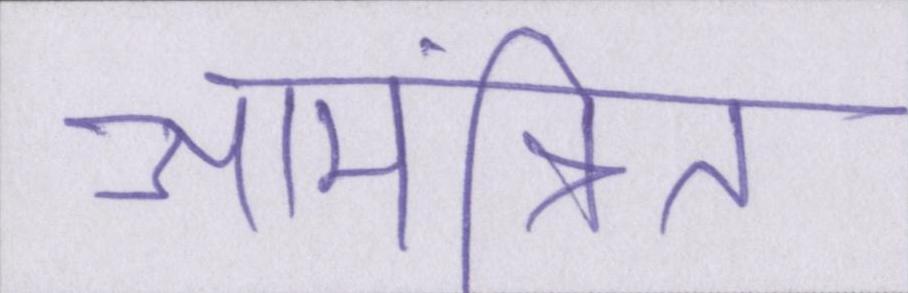
आमंत्रित